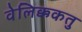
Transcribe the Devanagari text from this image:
वेलिक्ककतु